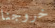
خروجنا